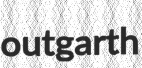
outgarth